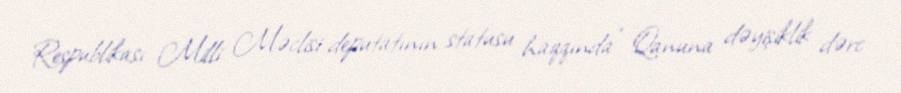
Respublikası Milli Məclisi deputatının statusu haqqında” Qanuna dəyişiklik dərc